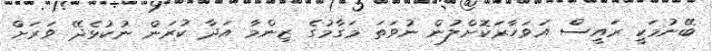
ބޭނުމަކީ ރައީސް އަވަހާރަކޮށްލުން ނުވަތަ މަގާމުގެ ޒިންމާ އަދާ ކުރަން ނުކުޅެދޭ ވަރަށް